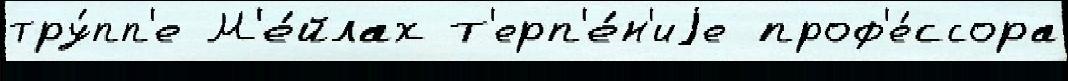
тру́пп'е М'е́йлах т'ерп'е́н'иjе проф'е́ссора